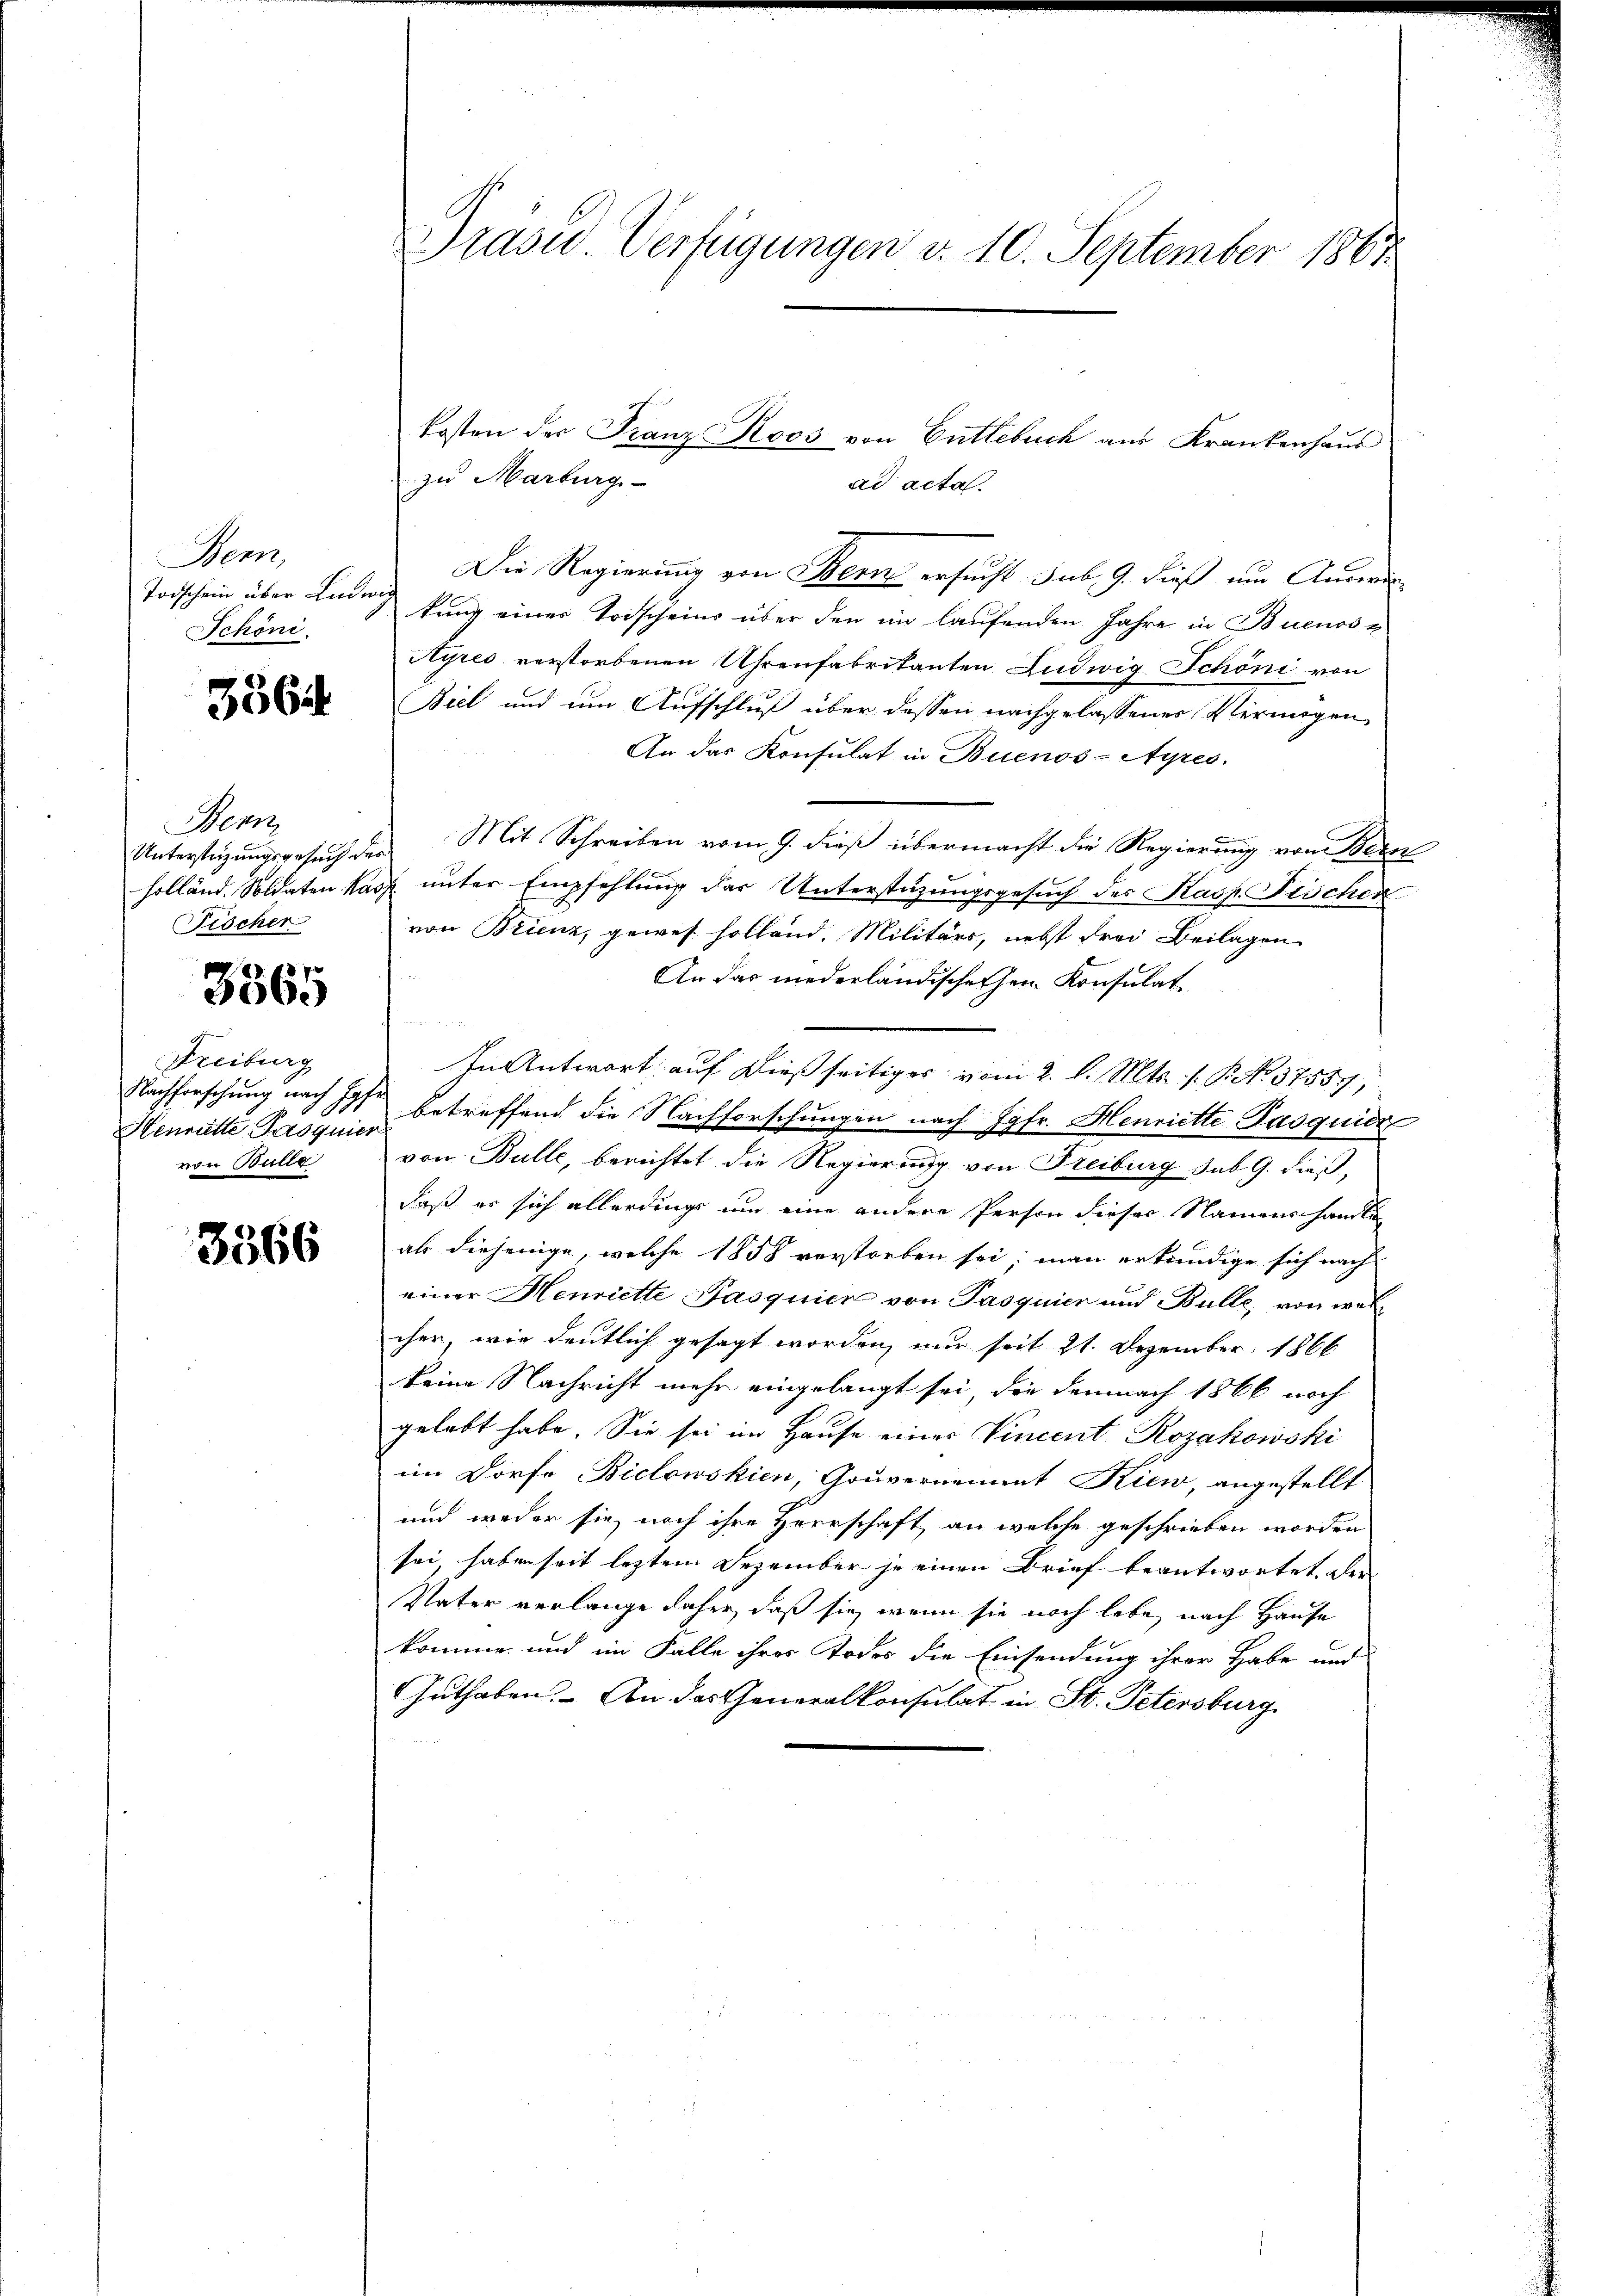
Bern,
Schöni

3564

Bern
Unterstüzungsgesuch des
Fischer

3365

Freiburg
.
Heurütte Pasquier
von Bulle

3566

kosten der Franz Roos von Entlebuch aus Krankenhaus
zu Marburg
ad acta.
Die Regierung von Bern ersucht sub. 9. dieß um Anweis-
Todschein über Lindung kung einer Todscheins über den im laŭfenden Jahre in Buenos-
Ayres verstorbenen Uhrenfabritanten Ludwig Schöni von
Biel und um Aufschluß über dessen nachgelassener Vermögen
An das Konsulat in Buenos-Ayres.
Mit Schreiben vom 9. dieß übermacht die Regierung vom Bern
holländ. Soldaten Kasp. unter Empfehlung der Unterstüzungsgesuch des Kasp. Fischen
von Brienz, gewes holland. Militärs, nebst drei Beilagen
An das niederländischehen Konsulat
In Antwort auf dießseitiges vom 2. l. Mts. 1. P. No. 37557
Nachforschung nach 10 betreffend die Nachforschungen nach Jgfr. Henriette Pasquide
von Bulle, berichtet die Regierung von Freiburg sub G. dieß,
daß er sich allerdings um eine andere Person dieser Namens handlung
als diejenige, welche 1858 verstorben sei; man erkundige sich nach
einer Henriette Pasquier von Pasquier und Bulle, von welcher wie deutlich gesagt worden, nur seit 21. Dezember 1866
keine Nachricht mehr eingelangt sei, die demnach 1866 noch
gelebt habe. Sie sei im Hause eines Vincent Rozakowski
im Dorfe Biclowskien, Gouvernement Kien, angestellt
und weder sie, nach ihre Herrschaft, an welche geschrieben worden
sei, haben seit leztem Dezember je einen Brief beantwortet, der
Vater verlange daher, daß sie, wenn sie noch lebe, nach Hause
komme und im Falle ihres Todes die Einsendung ihrer Habe und
Guthaben. – An das Generalkonsulat in St. Petersburg

Drasu. Verfügungen d. 10. September 1867